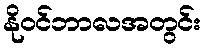
နိုဝင်ဘာလအတွင်း